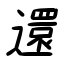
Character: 還